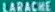
LARACHE